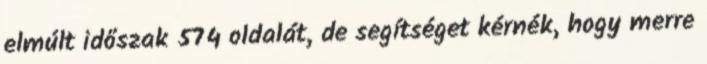
elmúlt időszak 574 oldalát, de segítséget kérnék, hogy merre